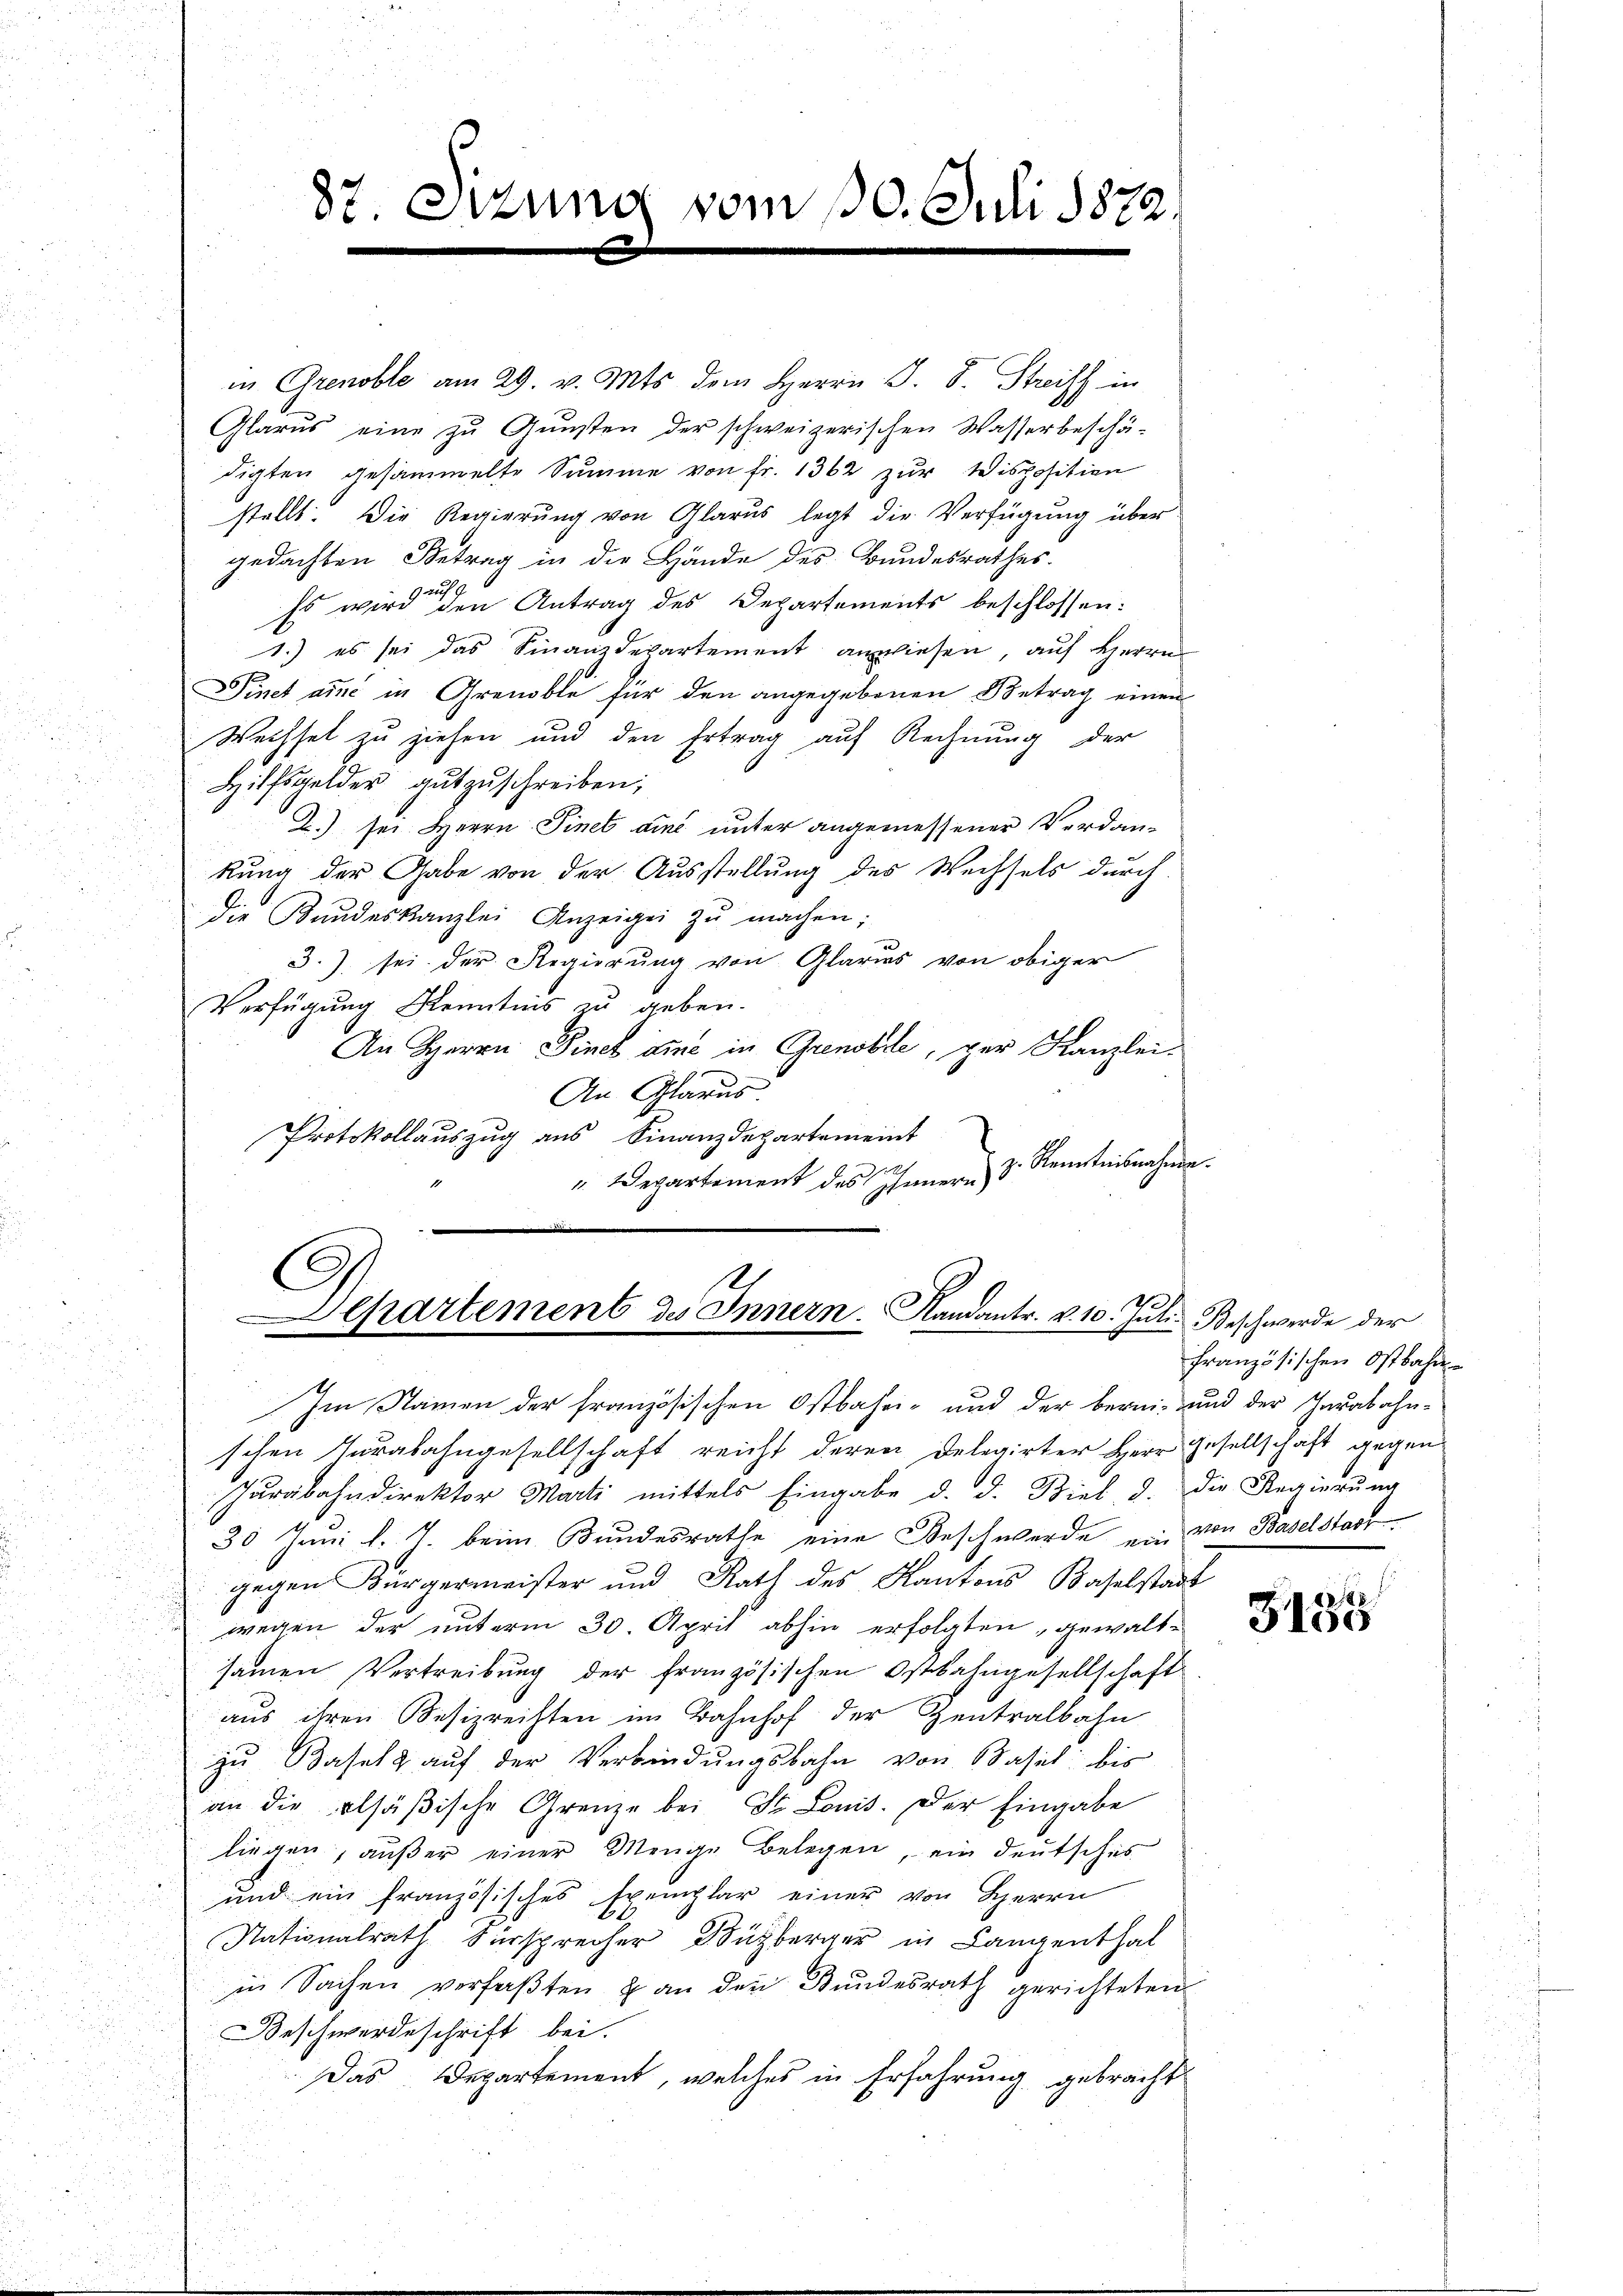
87. Sizung vom 10. Juli 1872.
.
e

in Grenoble am 29. v. Mts. dem Herrn J. J. Streiff in
Glarus eine zŭ Gŭnsten der schweizerischen Wasserbeschä-
digten gesammelte Summe von fr. 1362 zur Wisposition
stellt. Die Regierŭng von Glarus legt die Verfügung über
gedachten Betrag in die Hände des Bundesrathes.
Es wird den Antrag des Departements beschlossen:
1.) es sei das Finanzdepartement anwiesen, auf Herrn
Dinet aus in Grenable für den angegebenen Betrag einen
Wechsel zu ziehen und den Ertrag auf Rechnung der
Hilfsgelder gut zuschreiben;
2.) sei Herrn Sinet aine unter angemessener Verdankung der Gabe von der Ausstellung des Wechsels durch
Die Kundeskanzlei Anzeigen zŭ machen;
3.J. sei der Regierung von Glarus von obiger
Verfügung Kenntnis zu geben.
An Herrn Pinclame in Grenobile, zur Kanzlei¬
An Glarus.
Protokollauszug aus Finanzdepartemeint
" Departement des Innern d. Kenntnisnahme.

Departement des Innern. Kandantr. v. 10. Juli Beschwerde der

Im Namen der französischen Ostbahn- und der berei- und der Jurabahn-
schen Turabahngesellschaft reicht deren Delegirter Herr Gesellschaft gegen
Parabahndirektor Marti mittels Eingabe d. d. Biel, d. die Regierŭng
30 Juni l. J. beim Bundesrathe eine Beschwerde ein von Baselstad
gegen Bürgermeister und Rath des Kantons Baselstadt
wegen der unterm 30. April abhin erfolgten, gewaltsamen Vertreibung der französischen Ostbahngesellschaft
aus ihren Besizrechten im Bahnhof der Zentralbahn
zŭ Basel u aŭf der Verbindŭngsbahn von Kasich bis
an die alsäβische Grenze bei Dr. Louis. Der Eingabe
liegen, außer einer Menge Belegen, ein Deutsches
und ein französisches Exemplar einer von Herrn
u
Nationalrath Fürsprecher Wützberger in Langenthal
in Sachen verfaßten & an den Bundesrath gerichteten
Beschwerdeschrift bei.
Das Departement, welches in Erfahrung gebracht

französischen Ostbahn

1288
3150